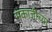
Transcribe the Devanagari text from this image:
मकाजीच्या